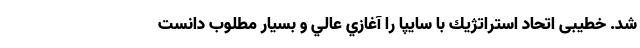
شد. خطیبی اتحاد استراتژيك با سايپا را آغازي عالي و بسيار مطلوب دانست